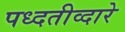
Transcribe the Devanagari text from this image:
पध्दतीव्दारे